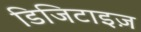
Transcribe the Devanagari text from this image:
डिजिटाइज़